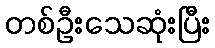
တစ်ဦးသေဆုံးပြီး